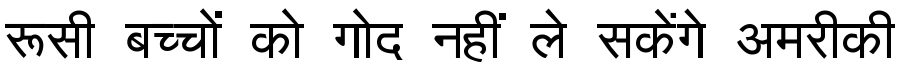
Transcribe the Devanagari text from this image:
रूसी बच्चों को गोद नहीं ले सकेंगे अमरीकी